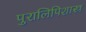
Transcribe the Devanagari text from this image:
पुरालिपिशास्त्र